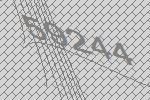
59244